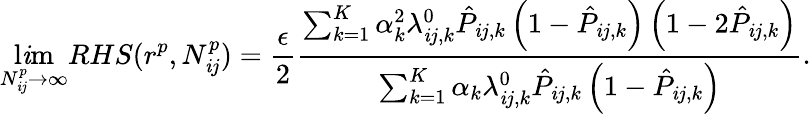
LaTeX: \operatorname*{l\mathit{i}m}_{N_{\mathit{i}j}^{p}\to\infty}RHS(r^{p},N_{\mathit{i}j}^{p})=\frac{{\epsilon}}{{2}}\frac{{\sum_{k=1}^{K}\alpha_{k}^{2}\lambda_{\mathit{i}j,k}^{0}\hat{{P}}_{\mathit{i}j,k}\left(1-\hat{{P}}_{\mathit{i}j,k}\right)\left(1-2\hat{{P}}_{\mathit{i}j,k}\right)}}{{\sum_{k=1}^{K}\alpha_{k}\lambda_{\mathit{i}j,k}^{0}\hat{{P}}_{\mathit{i}j,k}\left(1-\hat{{P}}_{\mathit{i}j,k}\right)}}.